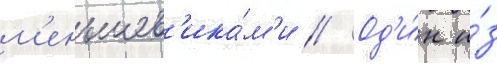
м'еньшев'ика́м'и // Од'и́н и́з